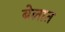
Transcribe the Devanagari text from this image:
बेलात